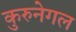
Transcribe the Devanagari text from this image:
कुरुनेगल